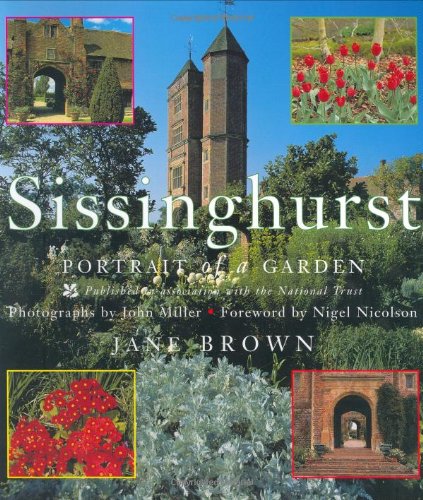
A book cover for Sissinghurst: Portrait of a Garden; Jane Brown; Crafts, Hobbies & Home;